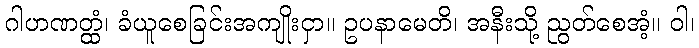
ဂါဟဏတ္ထံ၊ ခံယူစေခြင်းအကျိုးငှာ။ ဥပနာမေတိ၊ အနီးသို့ ညွတ်စေအံ့။ ဝါ၊